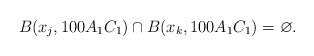
LaTeX: \begin{align*} B(x_j, 100A_1C_1) \cap B(x_k, 100 A_1C_1) = \varnothing.\end{align*}